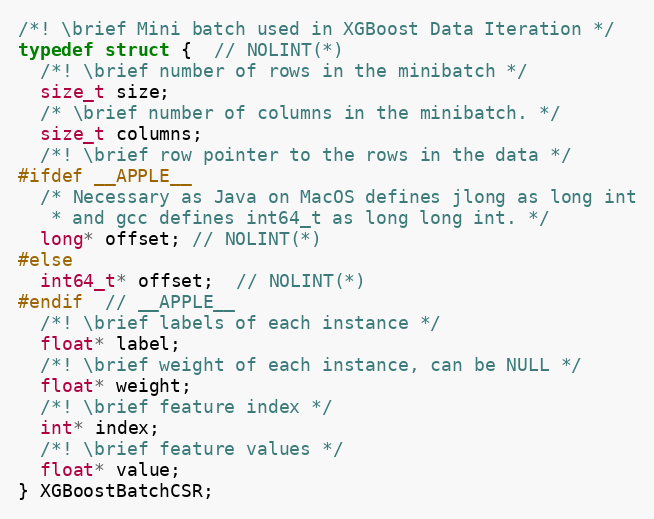
Language: C
/*! \brief Mini batch used in XGBoost Data Iteration */
typedef struct {  // NOLINT(*)
  /*! \brief number of rows in the minibatch */
  size_t size;
  /* \brief number of columns in the minibatch. */
  size_t columns;
  /*! \brief row pointer to the rows in the data */
#ifdef __APPLE__
  /* Necessary as Java on MacOS defines jlong as long int
   * and gcc defines int64_t as long long int. */
  long* offset; // NOLINT(*)
#else
  int64_t* offset;  // NOLINT(*)
#endif  // __APPLE__
  /*! \brief labels of each instance */
  float* label;
  /*! \brief weight of each instance, can be NULL */
  float* weight;
  /*! \brief feature index */
  int* index;
  /*! \brief feature values */
  float* value;
} XGBoostBatchCSR;